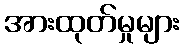
အားထုတ်မှုများ